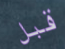
قبل